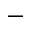
-